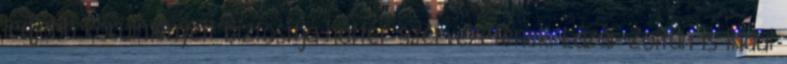
legjobb körülményeit biztosítja háttér szervezetének. Lázár Zoltán is indul